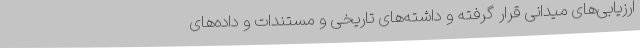
ارزیابی‌های میدانی قرار گرفته و داشته‌های تاریخی و مستندات و داده‌های